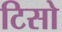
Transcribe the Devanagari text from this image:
टिसो